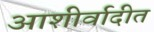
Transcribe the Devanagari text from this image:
आशीर्वादीत